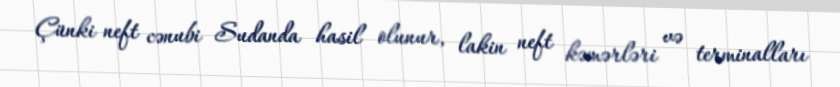
Çünki neft cənubi Sudanda hasil olunur, lakin neft kəmərləri və terminalları